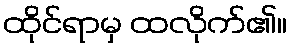
ထိုင်ရာမှ ထလိုက်၏။